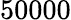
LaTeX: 50000